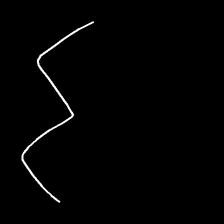
Glyph: crush